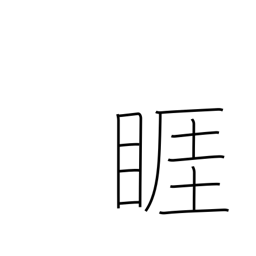
Meaning: angry look